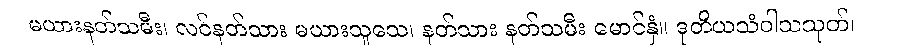
မယားနတ်သမီး၊ လင်နတ်သား မယားသူသေ၊ နတ်သား နတ်သမီး မောင်နှံ။ ဒုတိယသံဝါသသုတ်၊